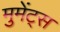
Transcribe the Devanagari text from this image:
मुमेंट्स